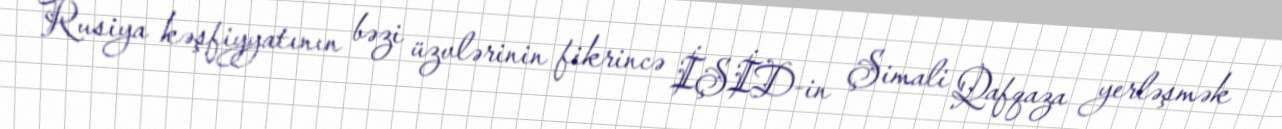
Rusiya kəşfiyyatının bəzi üzvlərinin fikrincə İŞİD-in Şimali Qafqaza yerləşmək